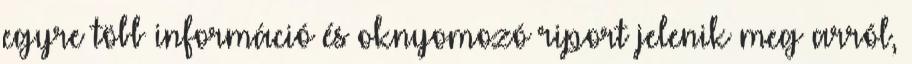
egyre több információ és oknyomozó riport jelenik meg arról,